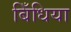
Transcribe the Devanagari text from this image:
बिँधिया